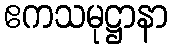
ဧကသမုဋ္ဌာနာ